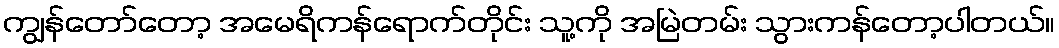
ကျွန်တော်တော့ အမေရိကန်ရောက်တိုင်း သူ့ကို အမြဲတမ်း သွားကန်တော့ပါတယ်။